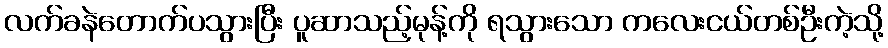
လက်ခနဲတောက်ပသွားပြီး ပူဆာသည့်မုန့်ကို ရသွားသော ကလေးငယ်တစ်ဦးကဲ့သို့